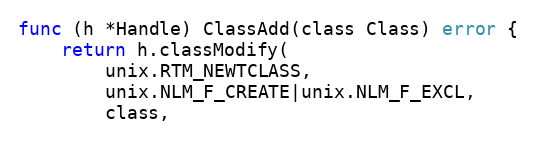
Language: Go
func (h *Handle) ClassAdd(class Class) error {
	return h.classModify(
		unix.RTM_NEWTCLASS,
		unix.NLM_F_CREATE|unix.NLM_F_EXCL,
		class,